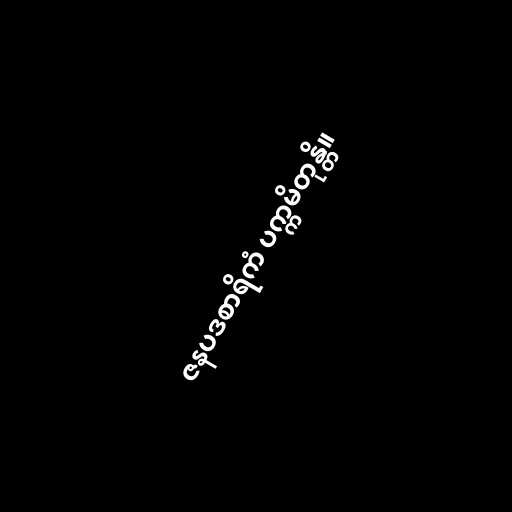
ဇနပဒစာရိကံ ပက္ကမိတုန္တိ။